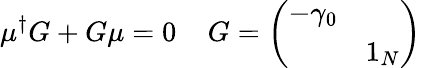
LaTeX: \mu^{\dagger}G+G\mu=0\; \; \; \; G=\left(\begin{array}{cc}{{-\gamma_{0}}}&{{}}\\ {{}}&{{1_{N}}}\end{array}\right)